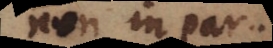
non in par